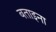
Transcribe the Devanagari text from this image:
बताइना